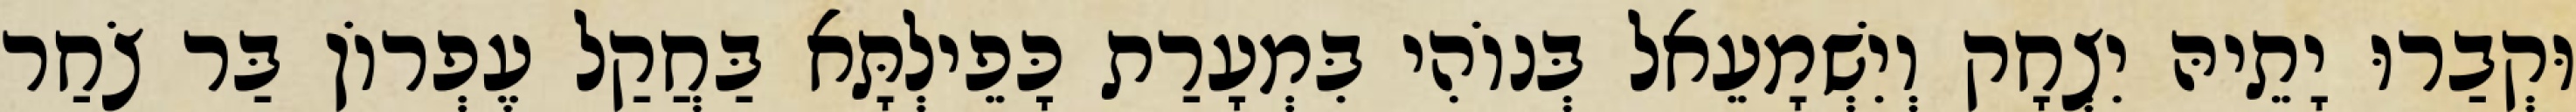
וּקְבַרוּ יָתֵיהּ יִצְחָק וְיִשְׁמָעֵאל בְּנוֹהִי בִּמְעָרַת כָּפֵילְתָּא בַּחֲקַל עֶפְרוֹן בַּר צֹחַר